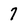
Character: 7